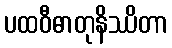
ပထဝီဓာတုနိဿိတာ